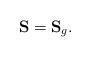
LaTeX: \begin{align*} \mathbf{S}=\mathbf{S}_{g}. \end{align*}